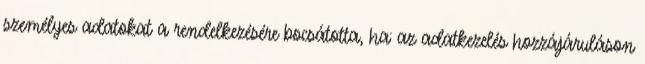
személyes adatokat a rendelkezésére bocsátotta, ha: az adatkezelés hozzájáruláson